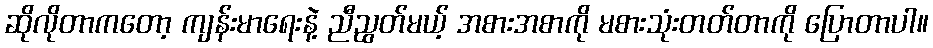
ဆိုလိုတာကတော့ ကျန်းမာရေးနဲ့ ညီညွတ်မယ့် အစားအစာကို မစားသုံးတတ်တာကို ပြောတာပါ။